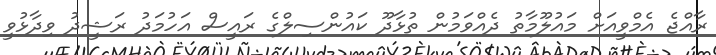
ރާއްޖެ އެމްވީއަށް މައުލޫމާތު ދެއްވަމުން ތުޅާދޫ ކައުންސިލްގެ ރައީސް އަހުމަދު ރަޝީދު ވިދާޅުވީ